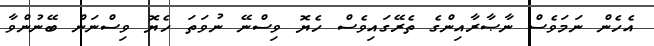
އެހެން ނަމަވެސް ނާޞާރާއިންގެ ތެރޭގައިވެސް ހެޔޮ ވިސްނޭ ނުވަތަ ހެޔޮ ވިސްނަން ބޭނުންވާ